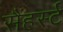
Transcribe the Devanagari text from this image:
सैंहर्स्ट